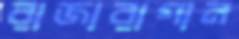
রাজারাগান